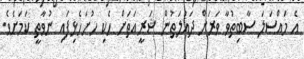
އެ މައްސަލަ ސާބިތުވާ ވަރަށް ދައުލަތުން ޝަރީއަތަށް ހެކި ހުށަހެޅިފައި ނުވާތީ ކަމަށެވެ.